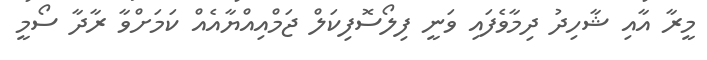
މީރާ އާއި ޝާހިދު ދިމާވެފައި ވަނީ ފިލޯސޮފިކަލް ޖަމްއިއްޔާއެއް ކަމަށްވާ ރާދާ ސޯމީ